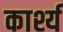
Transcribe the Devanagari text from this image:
कार्श्य